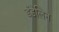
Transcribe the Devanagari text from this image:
डँडेलिन